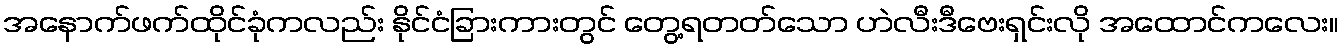
အနောက်ဖက်ထိုင်ခုံကလည်း နိုင်ငံခြားကားတွင် တွေ့ရတတ်သော ဟဲလီးဒီဗေးရှင်းလို အထောင်ကလေး။